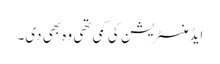
ایڈمنسٹریشن کی کمی تھی وہ بھی دی۔